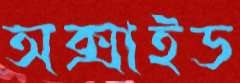
অক্সাইড